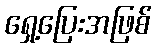
ရှေ့ပြေးအဖြစ်